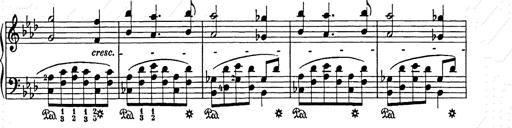
Title: Weihnachtsbaum
Composer: Franz Liszt